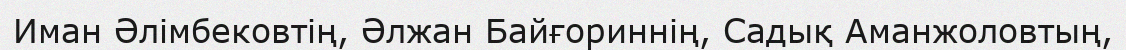
Иман Әлімбековтің, Әлжан Байғориннің, Садық Аманжоловтың,